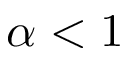
\alpha < 1